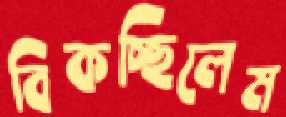
বিকচ্ছিলেম